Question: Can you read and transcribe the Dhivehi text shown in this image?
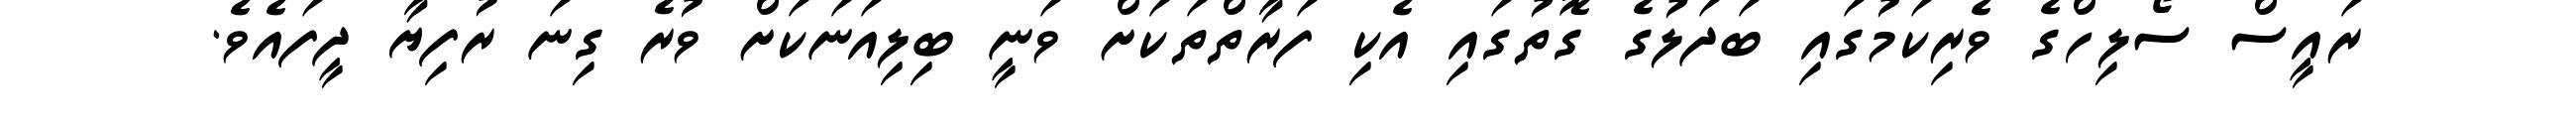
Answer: ރައީސް ސޯލިހްގެ ވެރިކަމުގައި ބަދަލުގެ ގޮތުގައި އެކި ފަރާތްތަކަށް ވަނީ ބިލިއަނަކަށް ވުރެ ގިނަ ރުފިޔާ ދީފައެވެ.